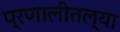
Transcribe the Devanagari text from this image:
प्रणालीतल्या